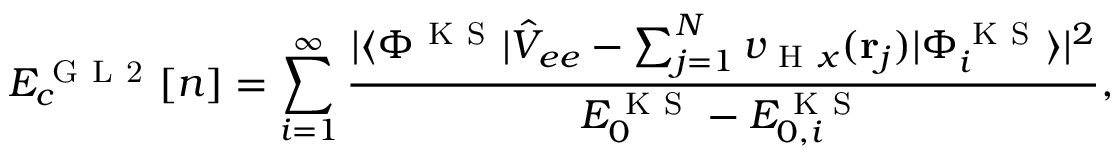
E _ { c } ^ { \mathrm { ~ G ~ L ~ 2 ~ } } [ n ] = \sum _ { i = 1 } ^ { \infty } \frac { | \langle \Phi ^ { \mathrm { ~ K ~ S ~ } } | \hat { V } _ { e e } - \sum _ { j = 1 } ^ { N } v _ { \mathrm { ~ H ~ } x } ( \mathbf { r } _ { j } ) | \Phi _ { i } ^ { \mathrm { ~ K ~ S ~ } } \rangle | ^ { 2 } } { E _ { 0 } ^ { \mathrm { ~ K ~ S ~ } } - E _ { 0 , i } ^ { \mathrm { ~ K ~ S ~ } } } ,